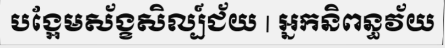
បង្អែមស័ង្ខសិល្ប៍ជ័យ | អ្នកនិពន្ធវ័យ